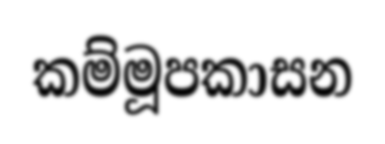
කම්මූපකාසන